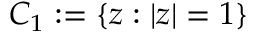
C _ { 1 } : = \{ z : | z | = 1 \}